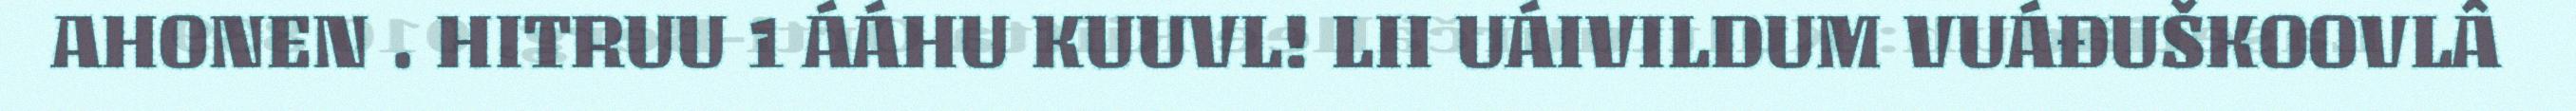
AHONEN . HITRUU 1 ÁÁHU KUUVL! LII UÁIVILDUM VUÁĐUŠKOOVLÂ